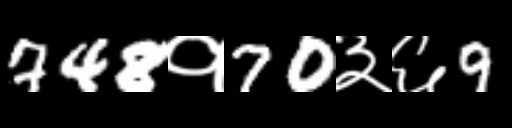
Text: 748१70३६9